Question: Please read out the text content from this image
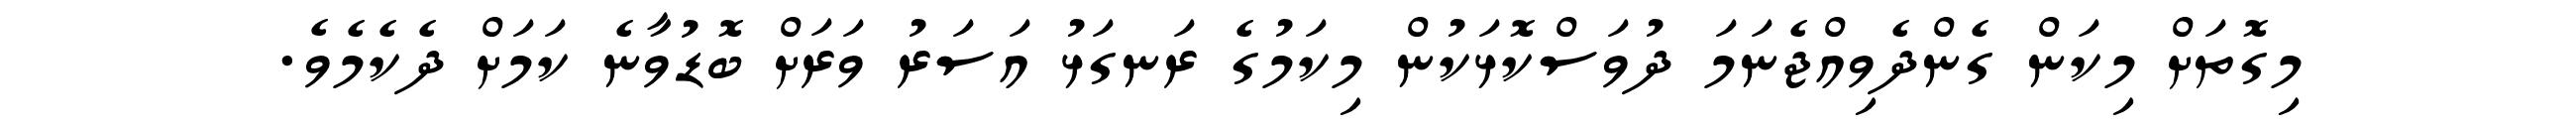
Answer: މިގޮތަށް މިކަން ގެންދެވިއްޖެނަމަ ދުވަސްކޮޅަކުން މިކަމުގެ ރަނގަޅު އަސަރު ވަރަށް ބޮޑުވާނެ ކަމަށް ދެކެމެވެ.